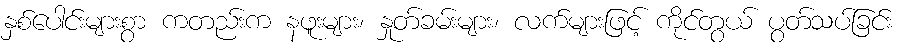
နှစ်ပေါင်းများစွာ ကတည်းက နဖူးများ၊ နှုတ်ခမ်းများ၊ လက်များဖြင့် ကိုင်တွယ် ပွတ်သပ်ခြင်း